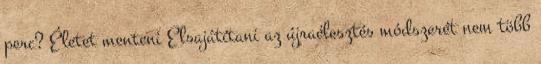
perc? Életet menteni Elsajátítani az újraélesztés módszerét nem több